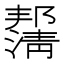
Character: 𰝙